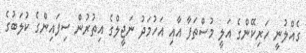
ގެއްލުނީ ހަރިކޭންގެ އަލީ މުސްތަފާ އާއި އަހުމަދު ނަޖީލްގެ އިތުރުން ސިފައިންގެ ކުލަބުގެ